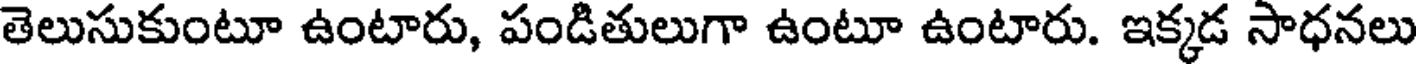
తెలుసుకుంటూ ఉంటారు, పండితులుగా ఉంటూ ఉంటారు. ఇక్కడ సాధనలు